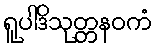
ရူပါဒိသုတ္တနဝကံ